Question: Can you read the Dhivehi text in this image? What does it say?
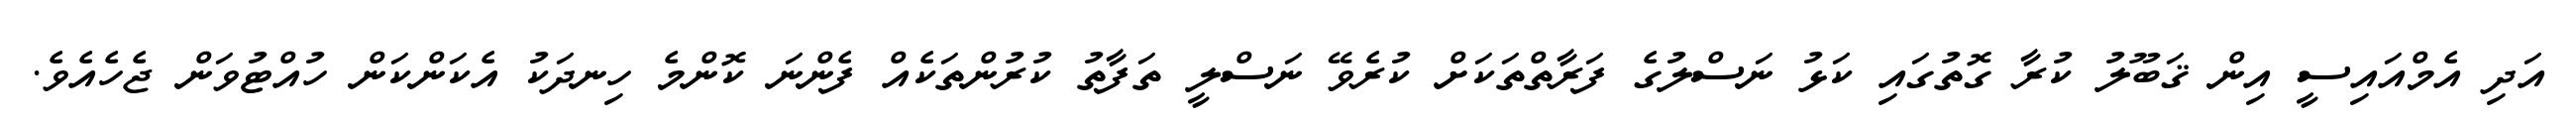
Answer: އަދި އެމްއައިސީ އިން ޤަބޫލު ކުރާ ގޮތުގައި ކަޅު ނަސްލުގެ ފަރާތްތަކަށް ކުރެވޭ ނަސްލީ ތަފާތު ކުރުންތަކެއް ފެންނަ ކޮންމެ ހިނދަކު އެކަންކަން ހުއްޓުވަން ޖެހެއެވެ.